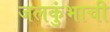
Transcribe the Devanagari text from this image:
जलकुंभाची